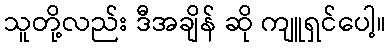
သူတို့လည်း ဒီအချိန် ဆို ကျူရှင်ပေါ့။